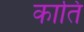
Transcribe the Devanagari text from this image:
कातिं